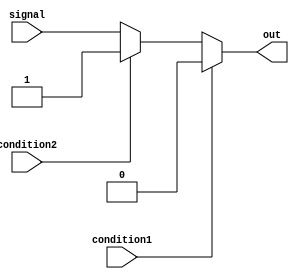
module Generate_Conditional_Assignment(
    input signal,
    input condition1,
    input condition2,
    output reg out
);

always @(*)
begin
    if(condition1)
        out <= 1'b0;
    else if(condition2)
        out <= 1'b1;
    else
        out <= signal;
end

endmodule